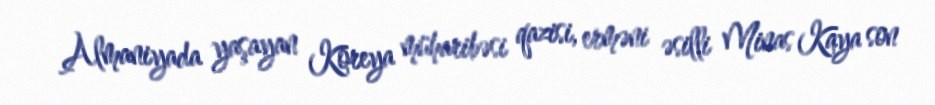
Almaniyada yaşayan Koreya müharibəsi qazisi, erməni əsilli Minas Kaya son